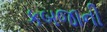
કબજાની